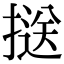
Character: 𢱤